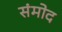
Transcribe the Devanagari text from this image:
संमोद